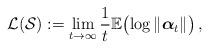
LaTeX: \begin{align*}\mathcal{L}(\mathcal{S}):=\lim_{t \to \infty} \frac{1}{t} \mathbb{E} \bigl( \log \Vert \boldsymbol{\alpha}_t \Vert \bigr) \,,\end{align*}